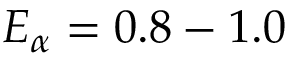
E _ { \alpha } = 0 . 8 - 1 . 0